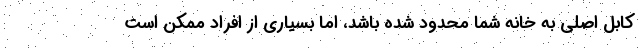
کابل اصلی به خانه شما محدود شده باشد، اما بسیاری از افراد ممکن است